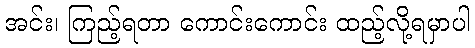
အင်း၊ ကြည့်ရတာ ကောင်းကောင်း ထည့်လို့ရမှာပါ